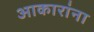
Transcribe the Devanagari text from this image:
आकारांना